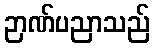
ဉာဏ်ပညာသည်